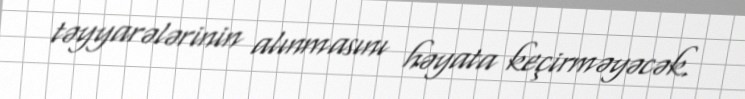
təyyarələrinin alınmasını həyata keçirməyəcək.